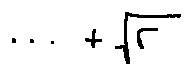
\cdots + \sqrt { r }